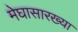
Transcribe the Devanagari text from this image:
मेघासारख्या